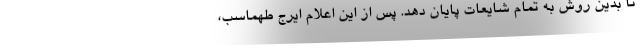
تا بدین روش به تمام شایعات پایان دهد. پس از این اعلام ایرج طهماسب،